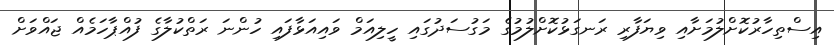
އިސްތިހާރުކޮށްލުމަށާއި ވިޔަފާރި ރަނގަޅުކޮށްލުމުގެ މަގުސަދުގައި ހީލިއަމް ވައިއަޅާފައި ހުންނަ ރަތްކުލާގެ ފުއްޕާހަމެއް ޖައްވަށް